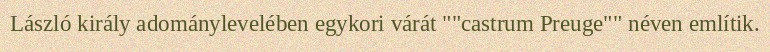
László király adománylevelében egykori várát ""castrum Preuge"" néven említik.